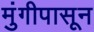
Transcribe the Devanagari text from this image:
मुंगीपासून